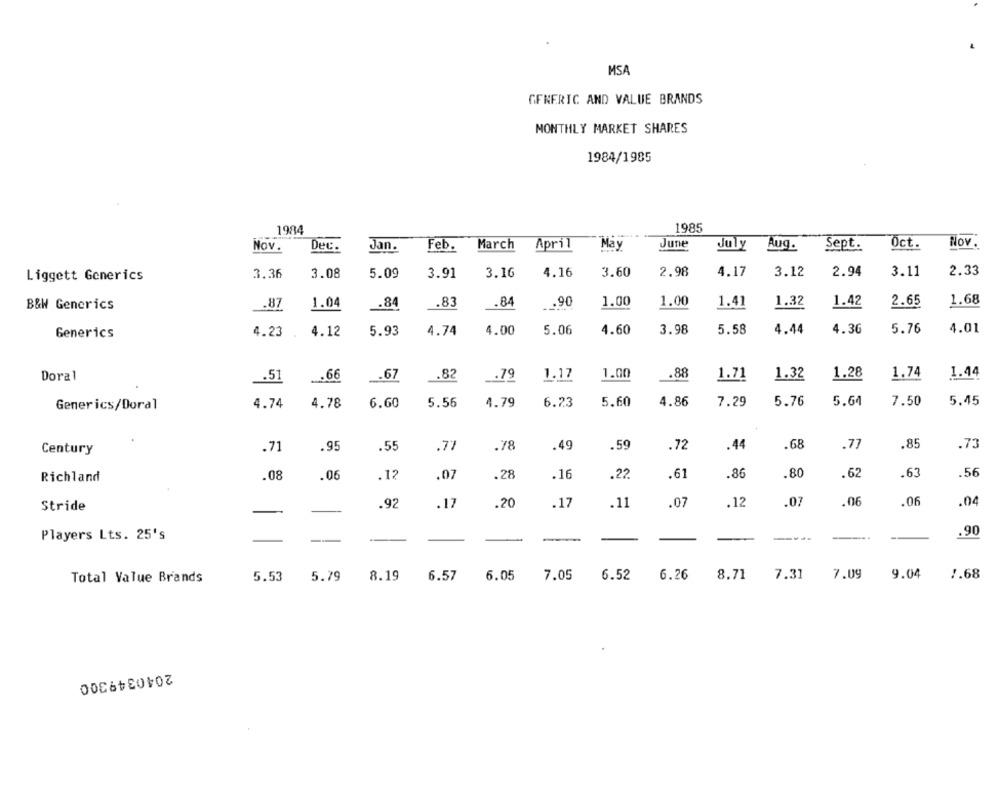
MSA
GENERIC AND VALUE BRANDS
MONTHLY MARKET SHARES
1984/1985
1984
1985
Nov.
Dec.
March
April
May
June
July
Aug.
Sept.
Oct.
Nov.
Jan.
Feb.
Liggett Generics
3.36
3.08
5.09
3.91
3.16
4.16
3.60
2.98
4.17
3.12
2.94
3.11
2.33
1.32
2.65
1.68
B&W Generics
.87
1.04
.84
_. 83
.84
.. 90
1.00
1.00
1.41
1.42
4.23
4.12
5.93
4.74
4.00
5.06
4.60
3.98
5.58
4.44
4.36
5.76
4.01
Generics
Doral
.5
..... 66
.. 67
.82
.79
1.17
1.00
.88
1.71
1.32
1.28
1.74
1.44
4.78
6.60
5.56
4.79
6.23
5.60
4.86
7.29
5.76
5.64
7.50
5.45
Generics/Doral
4.74
Century
.71
.95
.55
.77
.78
.49
.59
.72
.44
.68
.77
.85
.73
.08
.06
.12
.07
.28
.16
.22.
.61
86
.80
.62
.63
.56
Richland
Stride
.92
.17
.20
.17
.11
.07
.12
.07
.06
.06
.04
Players Lts. 25's
-----
---.
.90
-
-
-
5.53
5.79
8.19
6.57
6.05
7.05
6.52
6.26
8.71
7.31
7.09
9.04
7.68
Total Value Brands
2040349300